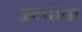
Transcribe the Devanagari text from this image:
अल्कता